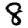
Digit: 8